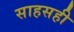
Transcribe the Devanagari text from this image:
साहसही